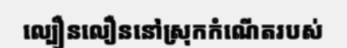
ល្បឿនលឿននៅស្រុកកំណើតរបស់